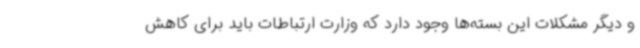
و دیگر مشکلات این بسته‌ها وجود دارد که وزارت ارتباطات باید برای کاهش